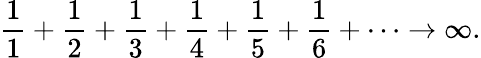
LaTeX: {\frac{1}{1}}+{\frac{1}{2}}+{\frac{1}{3}}+{\frac{1}{4}}+{\frac{1}{5}}+{\frac{1}{6}}+\cdots\rightarrow\infty.